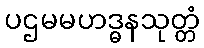
ပဌမမဟဒ္ဓနသုတ္တံ